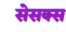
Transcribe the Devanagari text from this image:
सेसक्स